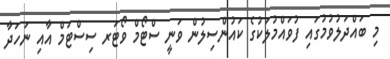
މި ބައްދަލުވުމުގައި ފުވައްމުލަކުގެ ކައުންސިލުން ވަނީ ސްޓޯމް ވޯޓަރ ސިސްޓަމް އާއި ނަހަދާ